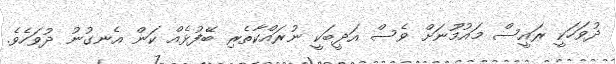
ދުވަހަކީ ރައީސް މައުމޫނަށް ވެސް އަދީބަކީ ނުރައްކާތެރި ބޭފުޅެއް ކަން އެނގުނު ދުވަހެވެ.